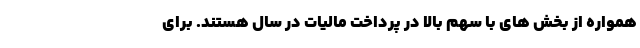
همواره از بخش های با سهم بالا در پرداخت مالیات در سال هستند. برای